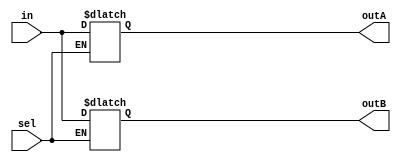
module demux12(in, sel, outA, outB);
input [15:0]in;
input sel;
output reg [15:0] outA, outB;

always begin
	if(sel)
		outB <= in; 
   else 
      		outA <= in;
	end
endmodule